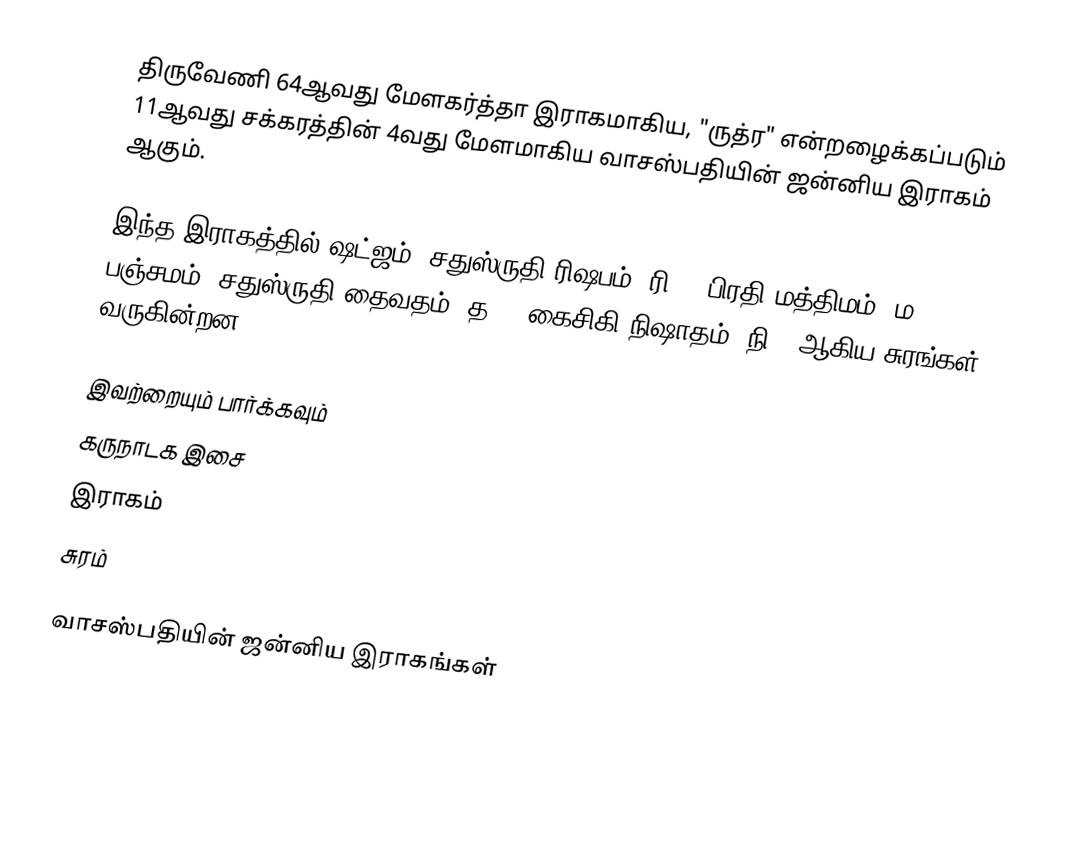
திருவேணி 64ஆவது மேளகர்த்தா இராகமாகிய, "ருத்ர" என்றழைக்கப்படும் 11ஆவது சக்கரத்தின் 4வது மேளமாகிய வாசஸ்பதியின் ஜன்னிய இராகம் ஆகும்.

இந்த இராகத்தில் ஷட்ஜம், சதுஸ்ருதி ரிஷபம் (ரி2), பிரதி மத்திமம் (ம2), பஞ்சமம்,  சதுஸ்ருதி தைவதம் (த2), கைசிகி நிஷாதம்  (நி2) ஆகிய சுரங்கள் வருகின்றன.

இவற்றையும் பார்க்கவும்
 கருநாடக இசை
 இராகம்
 சுரம்

வாசஸ்பதியின் ஜன்னிய இராகங்கள்